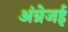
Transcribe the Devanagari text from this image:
अंग्रेजई